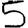
Digit: 5